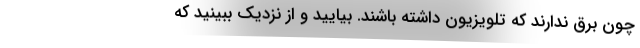
چون برق ندارند که تلویزیون داشته باشند. بیایید و از نزدیک ببینید که